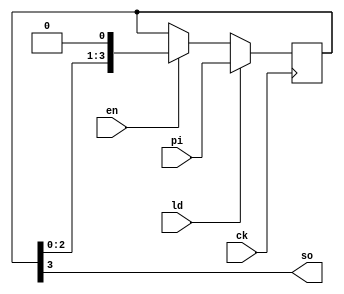
module Par_Seri( ck, en, ld, pi, so );
input ck, en, ld;
input [3:0] pi;
output so;
reg [3:0] ps;

always @( posedge ck ) begin
    if ( ld )
        ps <= pi;
    else if ( en )
        ps <= ps <<1;
end 

assign so = ps[3];

endmodule